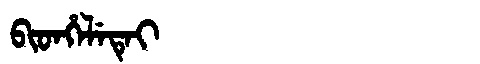
Manchu: ᠪᡳᡨᡥᡝᠯᡝᡨᡝᡳ
Romanization: BITHELETEI